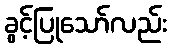
ခွင့်ပြုသော်လည်း